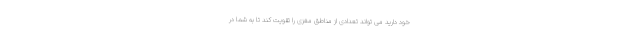
خود دارید می تواند تعدادی از مناطق مغزی را تقویت کند تا به شما در